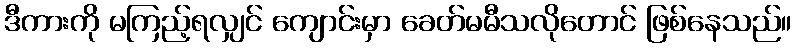
ဒီကားကို မကြည့်ရလျှင် ကျောင်းမှာ ခေတ်မမီသလိုတောင် ဖြစ်နေသည်။